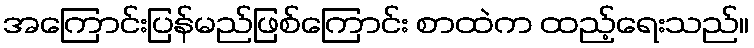
အကြောင်းပြန်မည်ဖြစ်ကြောင်း စာထဲက ထည့်ရေးသည်။